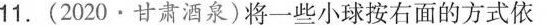
11.(2020·甘肃酒泉)将一些小球按右面的方式依